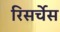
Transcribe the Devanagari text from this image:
रिसर्चेस